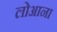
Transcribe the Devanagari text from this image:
लोआना